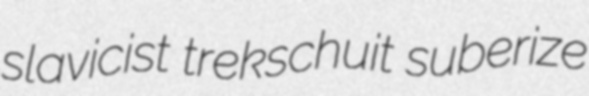
slavicist trekschuit suberize